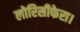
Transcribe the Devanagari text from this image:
लोरिसीफेरा।